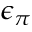
\epsilon _ { \pi }